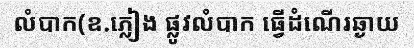
លំបាក(ឧ.ភ្លៀង ផ្លូវលំបាក ធ្វើដំណើរឆ្ងាយ